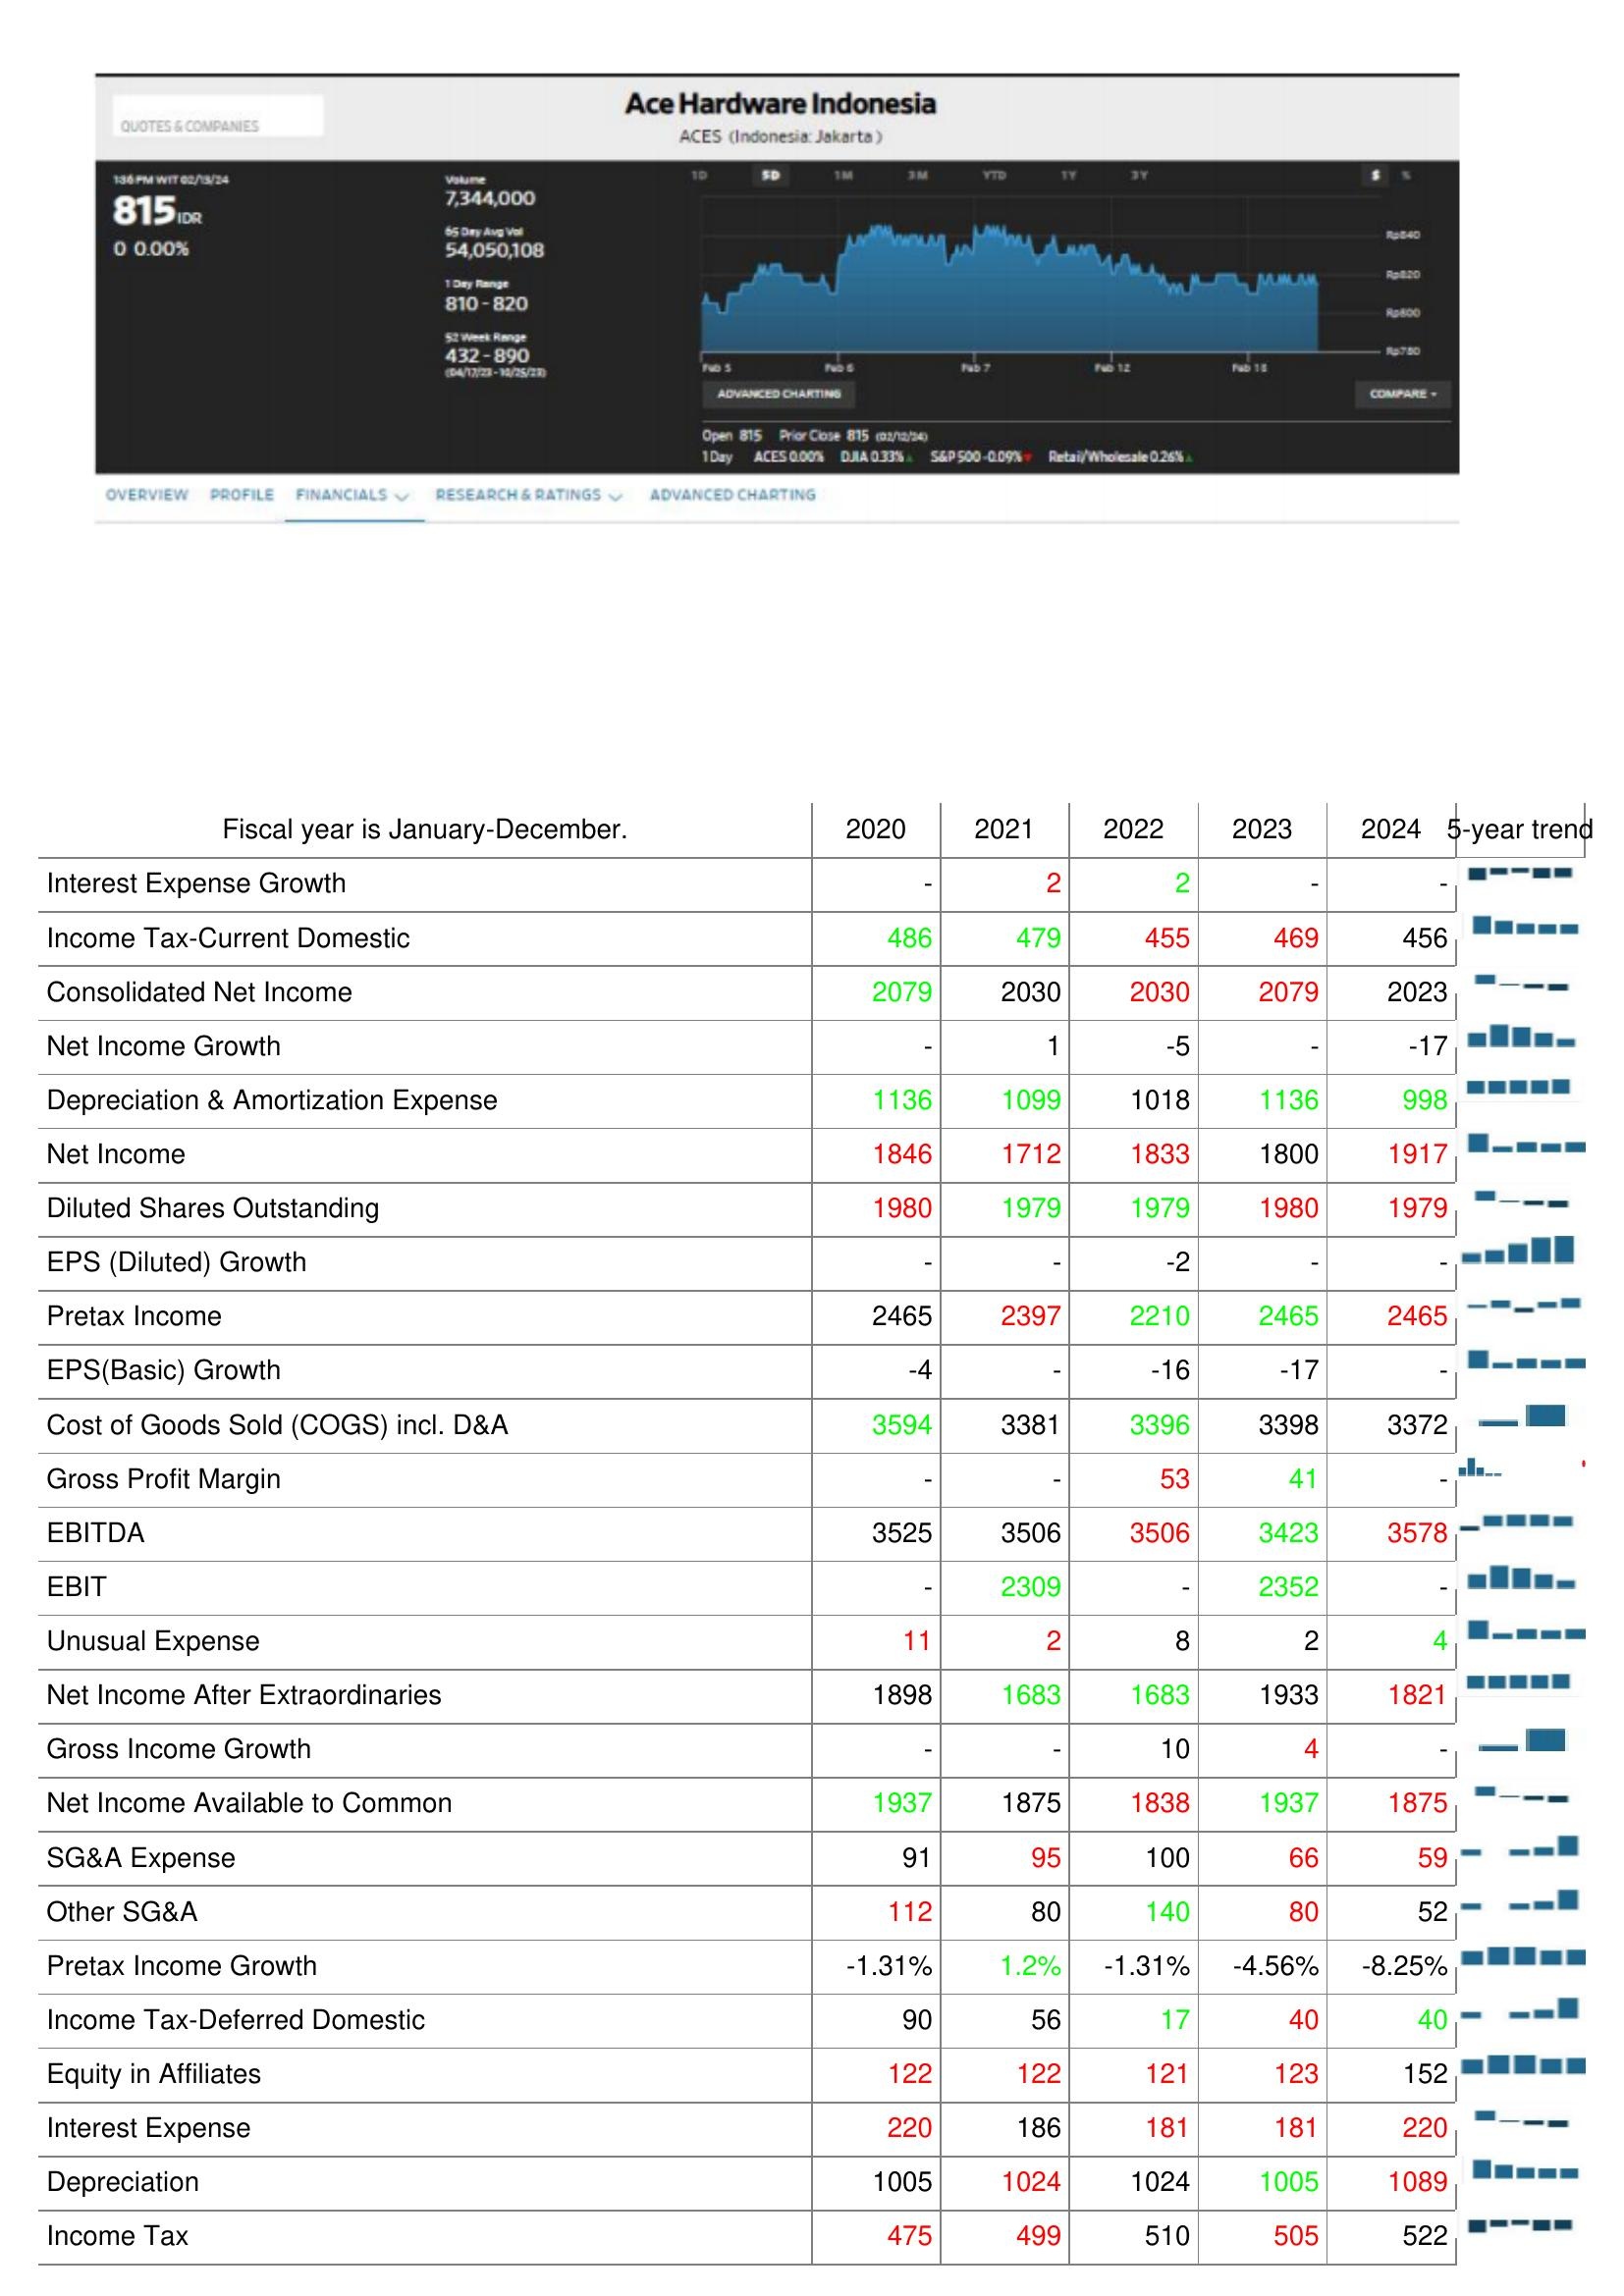
2020: : Interest Expense Growth: -
Income Tax-Current Domestic: 486
Consolidated Net Income: 2079
Net Income Growth: -
Depreciation & Amortization Expense: 1136
Net Income: 1846
Diluted Shares Outstanding: 1980
EPS (Diluted) Growth: -
Pretax Income: 2465
EPS(Basic) Growth: -4
Cost of Goods Sold (COGS) incl. D&A: 3594
Gross Profit Margin: -
EBITDA: 3525
EBIT: -
Unusual Expense: 11
Net Income After Extraordinaries: 1898
Gross Income Growth: -
Net Income Available to Common: 1937
SG&A Expense: 91
Other SG&A: 112
Pretax Income Growth: -1.31%
Income Tax-Deferred Domestic: 90
Equity in Affiliates: 122
Interest Expense: 220
Depreciation: 1005
Income Tax: 475
2021: : Interest Expense Growth: 2
Income Tax-Current Domestic: 479
Consolidated Net Income: 2030
Net Income Growth: 1
Depreciation & Amortization Expense: 1099
Net Income: 1712
Diluted Shares Outstanding: 1979
EPS (Diluted) Growth: -
Pretax Income: 2397
EPS(Basic) Growth: -
Cost of Goods Sold (COGS) incl. D&A: 3381
Gross Profit Margin: -
EBITDA: 3506
EBIT: 2309
Unusual Expense: 2
Net Income After Extraordinaries: 1683
Gross Income Growth: -
Net Income Available to Common: 1875
SG&A Expense: 95
Other SG&A: 80
Pretax Income Growth: 1.2%
Income Tax-Deferred Domestic: 56
Equity in Affiliates: 122
Interest Expense: 186
Depreciation: 1024
Income Tax: 499
2022: : Interest Expense Growth: 2
Income Tax-Current Domestic: 455
Consolidated Net Income: 2030
Net Income Growth: -5
Depreciation & Amortization Expense: 1018
Net Income: 1833
Diluted Shares Outstanding: 1979
EPS (Diluted) Growth: -2
Pretax Income: 2210
EPS(Basic) Growth: -16
Cost of Goods Sold (COGS) incl. D&A: 3396
Gross Profit Margin: 53
EBITDA: 3506
EBIT: -
Unusual Expense: 8
Net Income After Extraordinaries: 1683
Gross Income Growth: 10
Net Income Available to Common: 1838
SG&A Expense: 100
Other SG&A: 140
Pretax Income Growth: -1.31%
Income Tax-Deferred Domestic: 17
Equity in Affiliates: 121
Interest Expense: 181
Depreciation: 1024
Income Tax: 510
2023: : Interest Expense Growth: -
Income Tax-Current Domestic: 469
Consolidated Net Income: 2079
Net Income Growth: -
Depreciation & Amortization Expense: 1136
Net Income: 1800
Diluted Shares Outstanding: 1980
EPS (Diluted) Growth: -
Pretax Income: 2465
EPS(Basic) Growth: -17
Cost of Goods Sold (COGS) incl. D&A: 3398
Gross Profit Margin: 41
EBITDA: 3423
EBIT: 2352
Unusual Expense: 2
Net Income After Extraordinaries: 1933
Gross Income Growth: 4
Net Income Available to Common: 1937
SG&A Expense: 66
Other SG&A: 80
Pretax Income Growth: -4.56%
Income Tax-Deferred Domestic: 40
Equity in Affiliates: 123
Interest Expense: 181
Depreciation: 1005
Income Tax: 505
2024: : Interest Expense Growth: -
Income Tax-Current Domestic: 456
Consolidated Net Income: 2023
Net Income Growth: -17
Depreciation & Amortization Expense: 998
Net Income: 1917
Diluted Shares Outstanding: 1979
EPS (Diluted) Growth: -
Pretax Income: 2465
EPS(Basic) Growth: -
Cost of Goods Sold (COGS) incl. D&A: 3372
Gross Profit Margin: -
EBITDA: 3578
EBIT: -
Unusual Expense: 4
Net Income After Extraordinaries: 1821
Gross Income Growth: -
Net Income Available to Common: 1875
SG&A Expense: 59
Other SG&A: 52
Pretax Income Growth: -8.25%
Income Tax-Deferred Domestic: 40
Equity in Affiliates: 152
Interest Expense: 220
Depreciation: 1089
Income Tax: 522